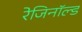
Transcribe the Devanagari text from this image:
रेजिनॉल्ड